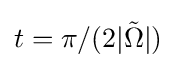
t=\pi /(2|{\tilde {\Omega }}|)